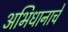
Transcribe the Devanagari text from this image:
अभिधानाचे